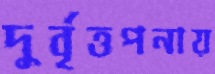
দুর্বৃত্তপনায়